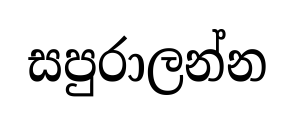
සපුරාලන්න